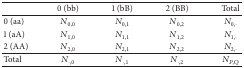
<table><thead><tr><td><b> </b></td><td><b>0 (bb)</b></td><td><b>1 (bB)</b></td><td><b>2 (BB)</b></td><td><b>Total </b></td></tr></thead><tbody><tr><td>0 (aa)</td><td><i>N</i><sub>0,0</sub></td><td><i>N</i><sub>0,1</sub></td><td><i>N</i><sub>0,2</sub></td><td><i>N</i><sub>0,·</sub></td></tr><tr><td>1 (aA)</td><td><i>N</i><sub>1,0</sub></td><td><i>N</i><sub>1,1</sub></td><td><i>N</i><sub>1,2</sub></td><td><i>N</i><sub>1,·</sub></td></tr><tr><td>2 (AA)</td><td><i>N</i><sub>2,0</sub></td><td><i>N</i><sub>2,1</sub></td><td><i>N</i><sub>2,2</sub></td><td><i>N</i><sub>2,·</sub></td></tr><tr><td>Total </td><td><i>N</i><sub>·,0</sub></td><td><i>N</i><sub>·,1</sub></td><td><i>N</i><sub>·,2</sub></td><td><i>N</i><sub><i>P</i>,<i>Q</i></sub></td></tr></tbody></table>